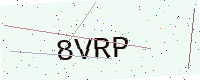
Text: 8VRP